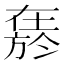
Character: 𱗬